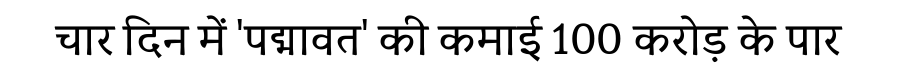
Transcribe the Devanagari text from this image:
चार दिन में 'पद्मावत' की कमाई 100 करोड़ के पार